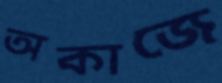
অকাজে